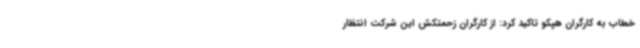
خطاب به کارگران هپکو تاکید کرد: از کارگران زحمتکش این شرکت انتظار